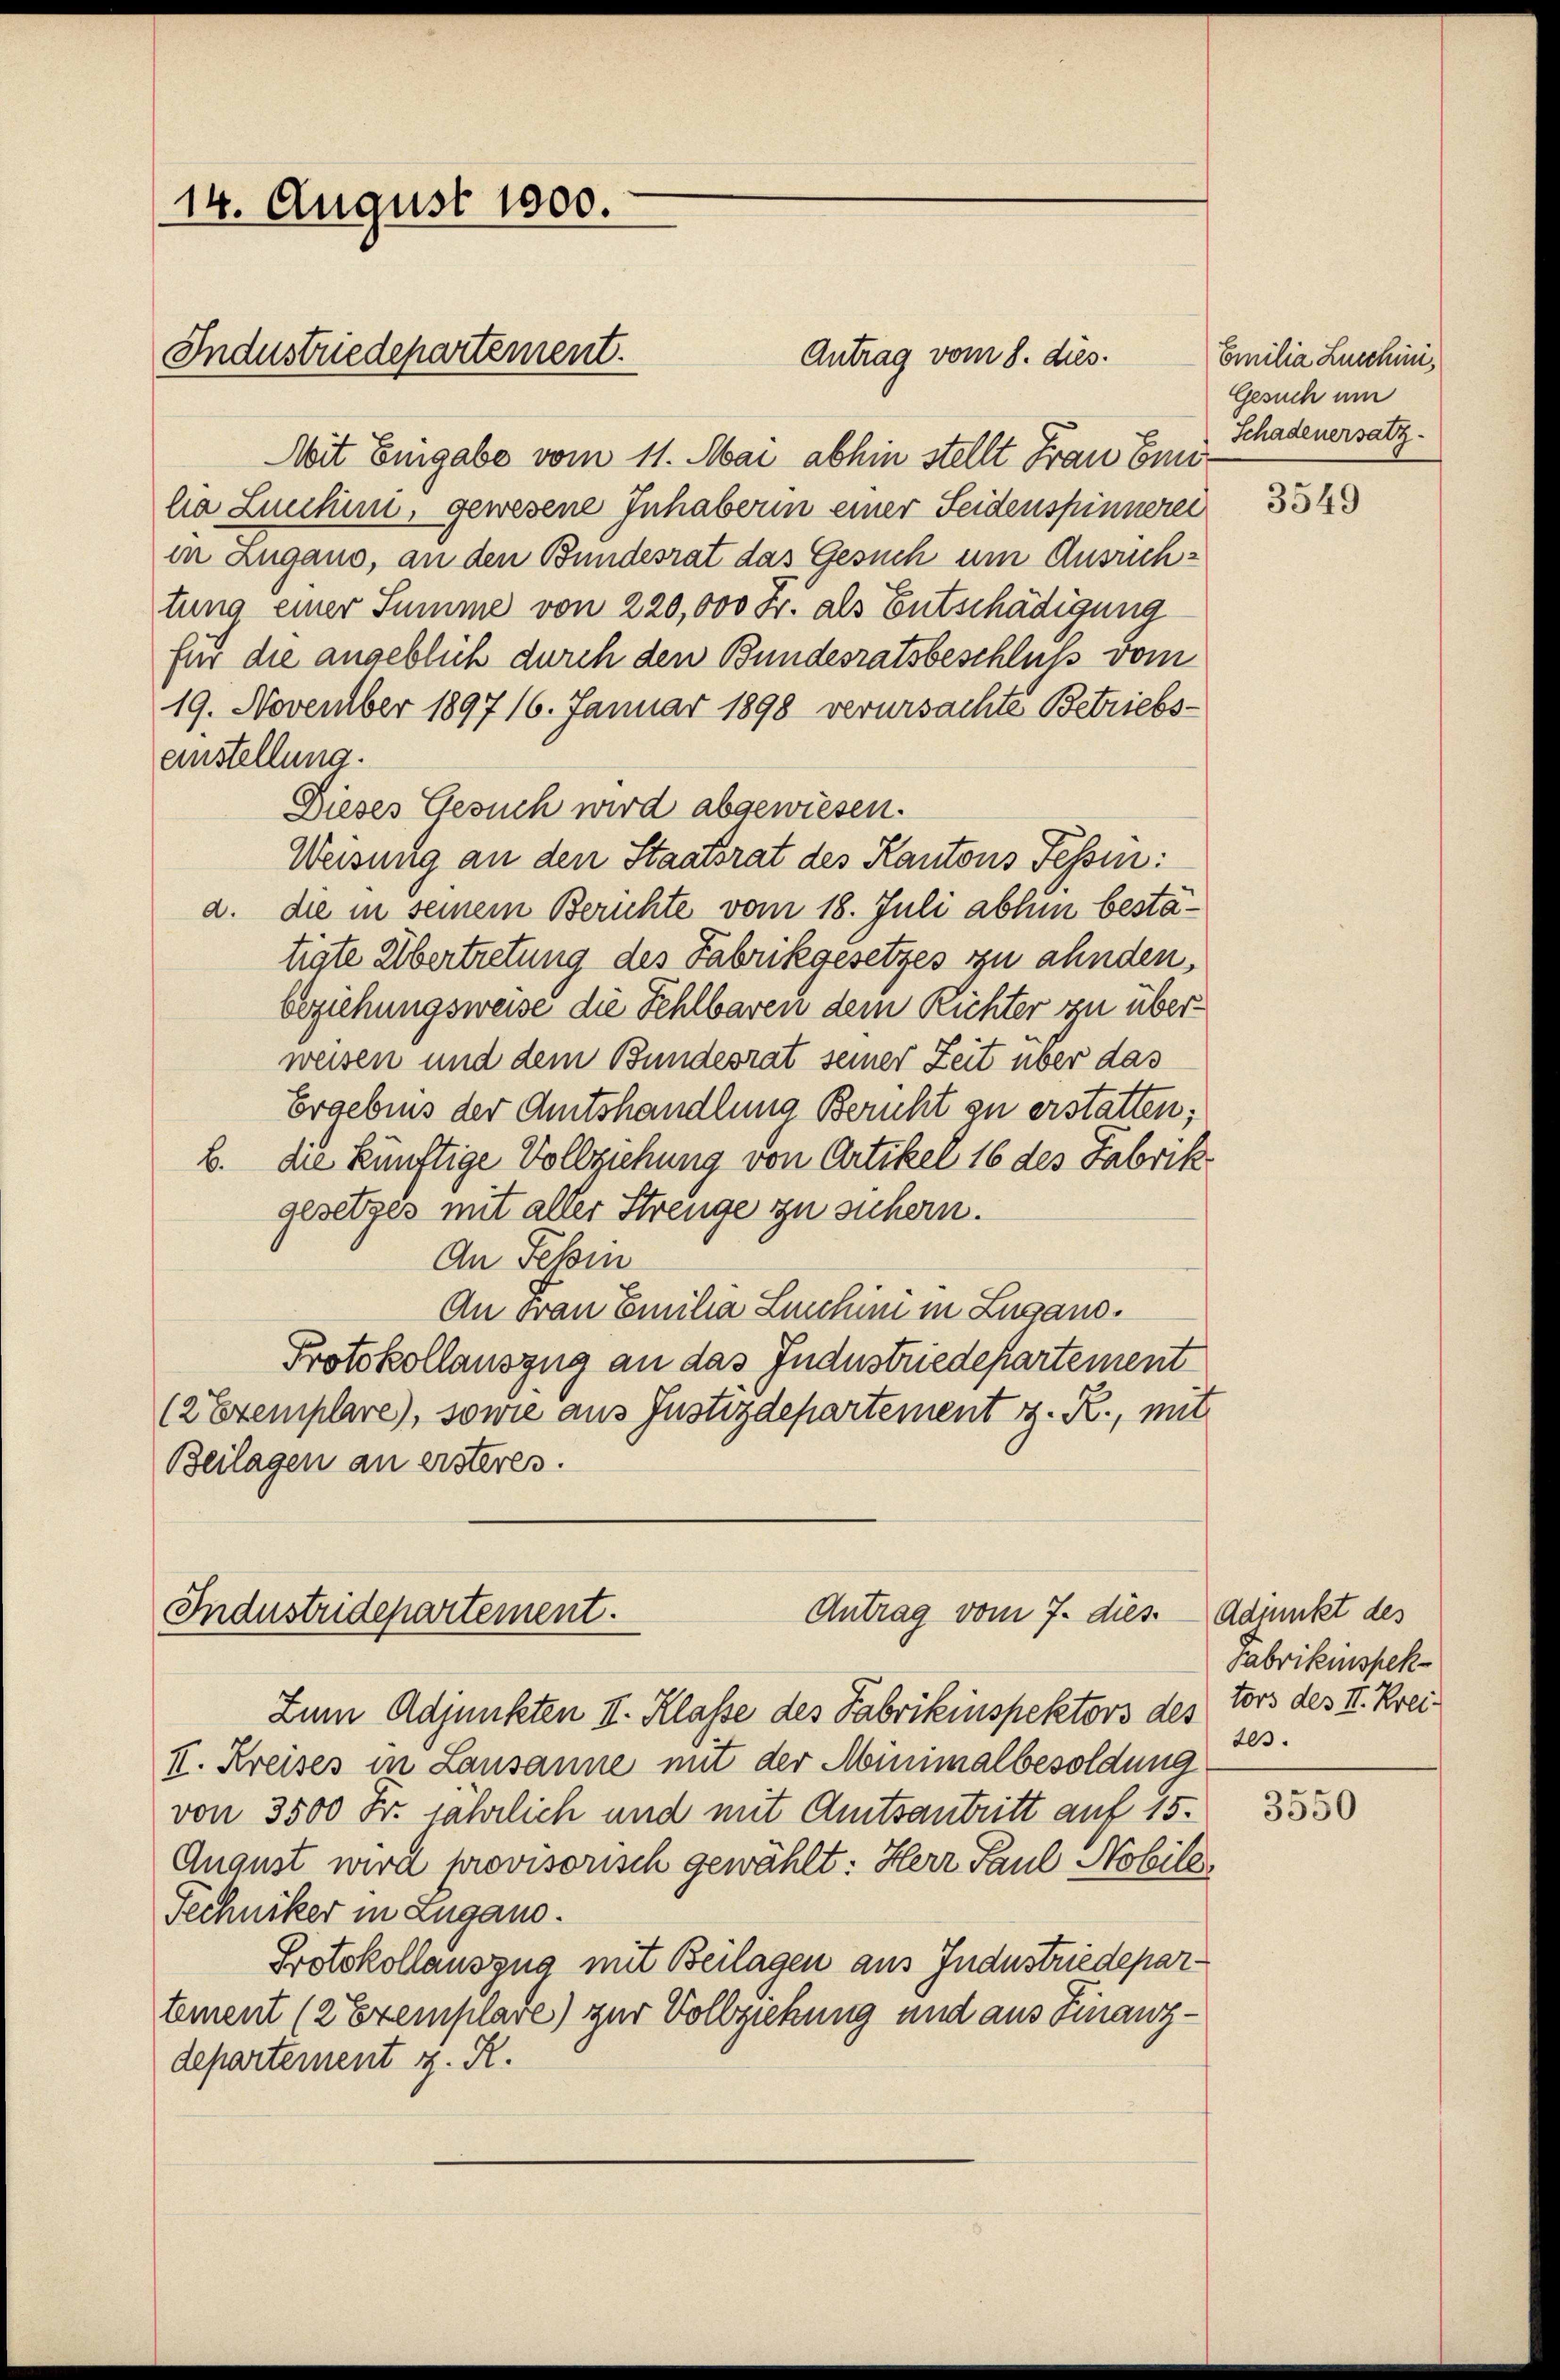
14. August 1800.

Industriedepartement.

Antrag vom 7. dies
Industridepartement.

Antrag vom 8. dies.
Mit Eingabe vom 11. Mai abhin stellt Frau Einha Lunchini, gewesene Inhaberin einer Seidenspinnerei
in Zugano, an den Bundesrat das Gesuch um Ausrichtung einer Summe von 220,000 Fr. als Entschädigung
für die angeblich durch den Bundesratsbeschluß vom
19. November 1897 16. Januar 1898 verursachte Betriebs-
einstellung.
Dieses Gesuch wird abgewiesen.
Weisung an den Staatsrat des Kantons Fessen:
a. die in seinem Berichte vom 18. Juli abhin bestätigte Übertretung des Fabrikgesetzes zu ahnden,
beziehungsweise die Fehlbaren dem Richter zu überweisen und dem Bundesrat seiner Zeit über das
Ergebnis der Amtshandlung Bericht zu erstatten;
b. die künftige Vollziehung von Artikel 16 des Fabrik
gesetzes mit aller Strenge zu sichern.
An Fehin
An Frau Emilia Luichini in Lugano.
Protokollauszug an das Industriedepartement
(2 Exemplare), sowie aus Justizdepartement z. R., mit
Beilagen an ersteres.

Zum Adjunkten II. Klasse des Fabrikinspektors des Tors des II. Krei¬
II. Kreises in Lausanne mit der Minimalbesoldung
von 3500 Fr. jährlich und mit Amtsantritt auf 15.
August wird provisorisch gewählt: Herr Paul Nobile
Techniker in Zugano.
Protokollauszug mit Beilagen aus Industriedepartement (2 Exemplare) zur Vollziehung und aus Finanzdepartement z. R.

Emilia Lucchini,
Gesuch um
Schadenersatz.

3549

Adjunkt des
Fabrikinspek¬
203.

3550